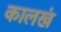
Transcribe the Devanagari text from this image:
कालखं